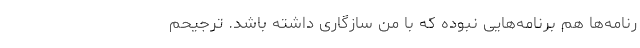
رنامه‌ها هم برنامه‌هایی نبوده که با من سازگاری داشته باشد. ترجیحم